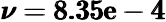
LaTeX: \pmb{\nu=8.35\mathrm{e}-4}